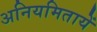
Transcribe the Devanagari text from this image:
अनियमितायें